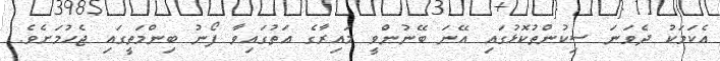
އެކަމަކު ދެވަނަ ސިކުންތުކޮޅުގައި އޭނަ ބޭނުންވީ މައިރާގެ އަތުގައިވާ ފޯނު ބިންމަތީގައި ޖެހުމަށެވެ.